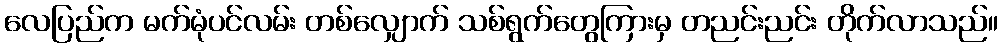
လေပြည်က မက်မုံပင်လမ်း တစ်လျှောက် သစ်ရွက်တွေကြားမှ တညင်းညင်း တိုက်လာသည်။